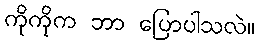
ကိုကိုက ဘာ ပြောပါသလဲ။